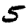
Digit: 5